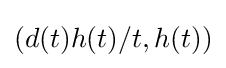
(d(t)h(t)/t,h(t))